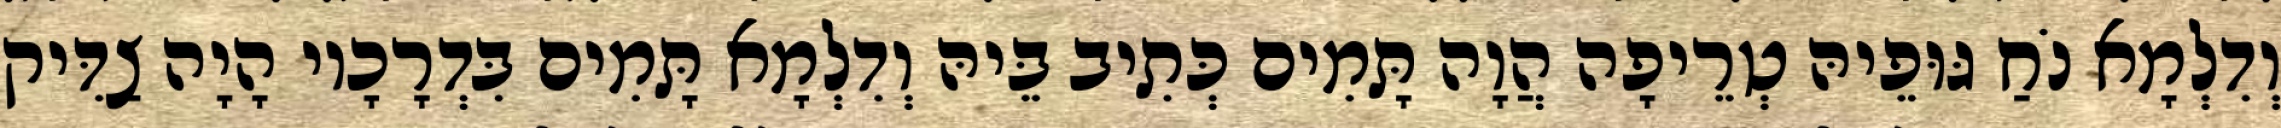
וְדִלְמָא נֹחַ גּוּפֵיהּ טְרֵיפָה הֲוָה תָּמִים כְּתִיב בֵּיהּ וְדִלְמָא תָּמִים בִּדְרָכָיו הָיָה צַדִּיק